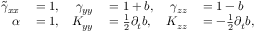
\begin{array} { r l r l r l } { \tilde { \gamma } _ { x x } } & { { } = 1 , } & { \gamma _ { y y } } & { { } = 1 + b , } & { \gamma _ { z z } } & { { } = 1 - b } \\ { \alpha } & { { } = 1 , } & { K _ { y y } } & { { } = \frac { 1 } { 2 } \partial _ { t } b , } & { K _ { z z } } & { { } = - \frac { 1 } { 2 } \partial _ { t } b , } \end{array}